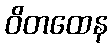
ဝိတထေန